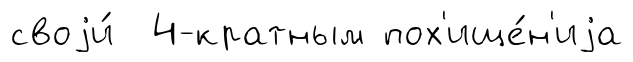
своjи́ 4-кратным пох'ище́н'иjа